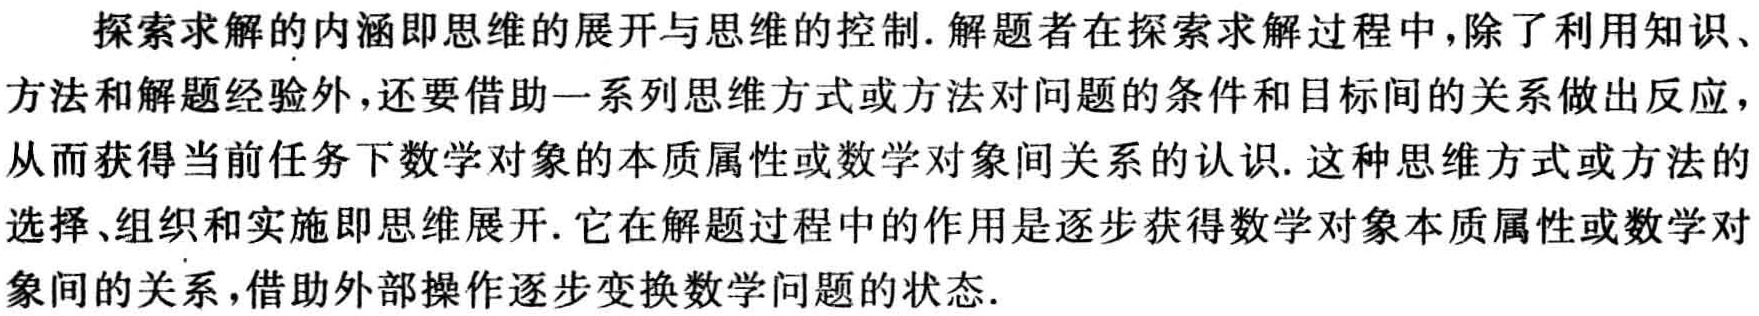
探索求解的内涵即思维的展开与思维的控制. 解题者在探索求解过程中, 除了利用知识、方法和解题经验外, 还要借助一系列思维方式或方法对问题的条件和目标间的关系做出反应, 从而获得当前任务下数学对象的本质属性或数学对象间关系的认识. 这种思维方式或方法的选择、组织和实施即思维展开. 它在解题过程中的作用是逐步获得数学对象本质属性或数学对象间的关系, 借助外部操作逐步变换数学问题的状态.